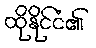
ထိုနိုင်ငံ၏